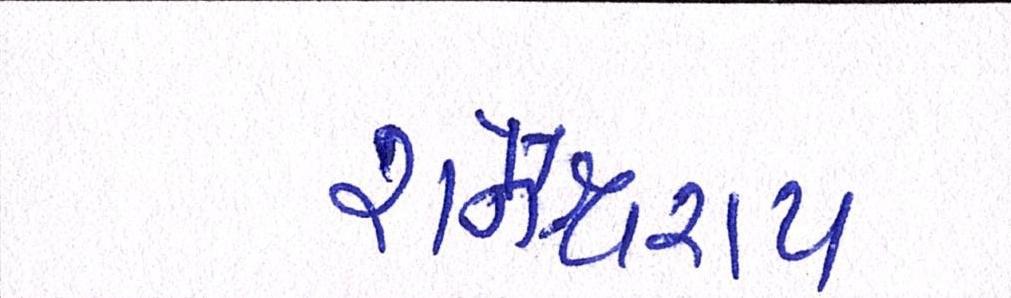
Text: શનૈશ્ચરાય